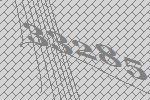
33285